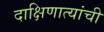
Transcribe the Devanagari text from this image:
दाक्षिणात्यांची